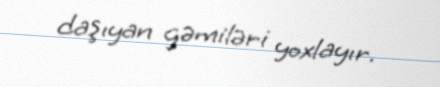
daşıyan gəmiləri yoxlayır.